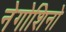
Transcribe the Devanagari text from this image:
नेगोशिनो